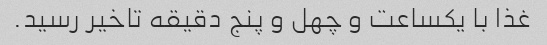
غذا با یکساعت و چهل و پنج دقیقه تاخیر رسید.